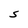
Character: S